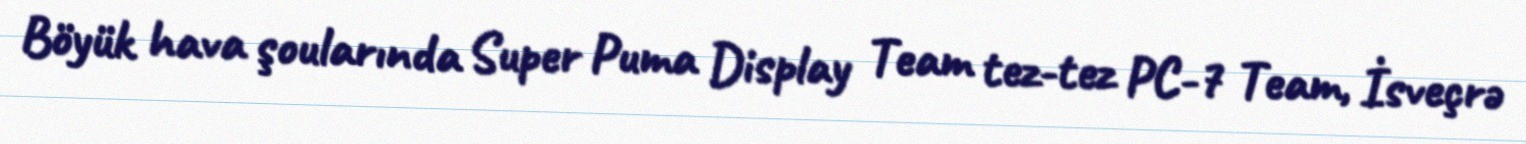
Böyük hava şoularında Super Puma Display Team tez-tez PC-7 Team, İsveçrə